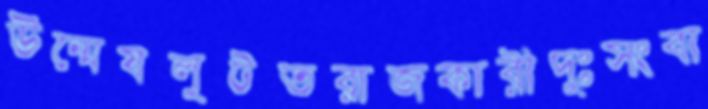
উন্মেষলুটতরাজকারীদুঃসংবা